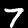
Digit: 7